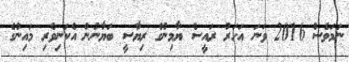
ނަމަވެސް 2016 ވަނަ އަހަރު ރައީސް ޔާމިންގެ ރިޔާސީ ބަޔާނުން އެކަނިވެރި މައިންގެ